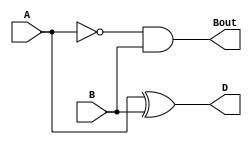
`timescale 1ns / 1ps
//////////////////////////////////////////////////////////////////////////////////
// Company: 
// Engineer: 
// 
// Design Name: 
// Module Name:    HalfSubtractor 
// Project Name: 
// Target Devices: 
// Tool versions: 
// Description: 
//
// Dependencies: 
//
// Revision: 
// Revision 0.01 - File Created
// Additional Comments: 
//
//////////////////////////////////////////////////////////////////////////////////
module HalfSubtractor(
    input A,
    input B,
    output D,
    output Bout
    );
	 
xor(D,A,B);
and(Bout,~A,B);

endmodule